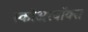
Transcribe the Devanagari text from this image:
स्कोअरबॉक्स